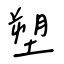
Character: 塑